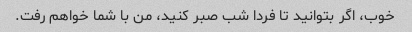
خوب، اگر بتوانید تا فردا شب صبر کنید، من با شما خواهم رفت.